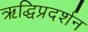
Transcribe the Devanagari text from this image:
ऋद्धिप्रदर्शन